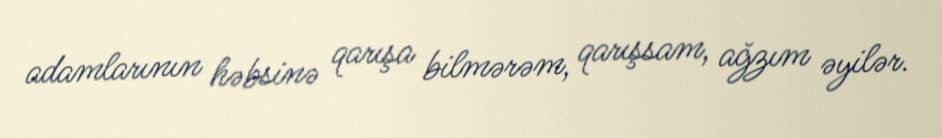
adamlarının həbsinə qarışa bilmərəm, qarışsam, ağzım əyilər.